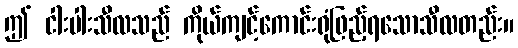
ဤ ငါးပါးသီလသည် ကိုယ်ကျင့်ကောင်းရုံဖြည့်ရသောသီလတည်း။